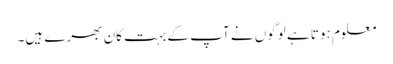
معلوم ہوتا ہے لوگوں نے آپ کے بہت کان بھرے ہیں۔